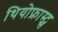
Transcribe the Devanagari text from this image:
थियोफ्रास्ट्स